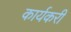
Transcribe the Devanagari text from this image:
कार्यकरी